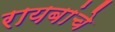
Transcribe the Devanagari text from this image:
रायबांचे